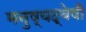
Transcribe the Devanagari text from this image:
मनुष्यद्वेषी